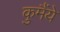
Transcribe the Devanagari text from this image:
कुमैंये